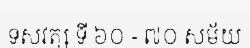
ទសវត្ស ទី ៦០ - ៧០ សម័យ